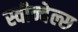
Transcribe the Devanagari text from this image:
स्वीन्देल्स